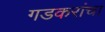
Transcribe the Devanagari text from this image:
गडकरांचा